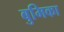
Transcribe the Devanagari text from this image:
बुमिका